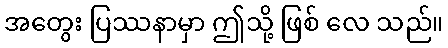
အတွေး ပြဿနာမှာ ဤသို့ ဖြစ် လေ သည်။